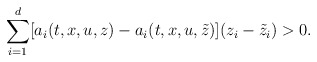
\begin{align*}\sum_{i=1}^{d} [a_i(t,x,u,z) - a_i(t,x,u,\tilde{z})](z_i - \tilde{z}_i) > 0.\end{align*}